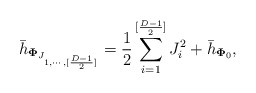
\begin{align*}{\bar h}_{{\bf \Phi}_{J_{1,\cdots,[{{D-1}\over 2}]}}} = {1\over {2}} \sum_{i=1}^{[{{D-1}\over 2}]}J_i^2 + {\bar h}_{{\bf \Phi}_0}, \end{align*}